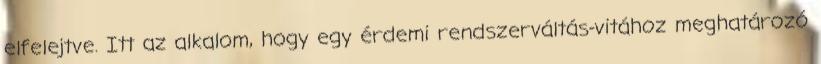
elfelejtve. Itt az alkalom, hogy egy érdemi rendszerváltás-vitához meghatározó